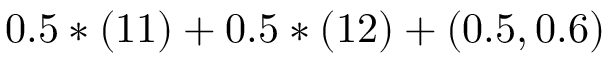
0 . 5 * ( 1 1 ) + 0 . 5 * ( 1 2 ) + ( 0 . 5 , 0 . 6 )